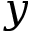
y